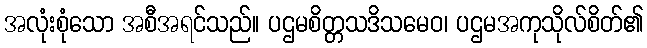
အလုံးစုံသော အစီအရင်သည်။ ပဌမစိတ္တသဒိသမေဝ၊ ပဌမအကုသိုလ်စိတ်၏